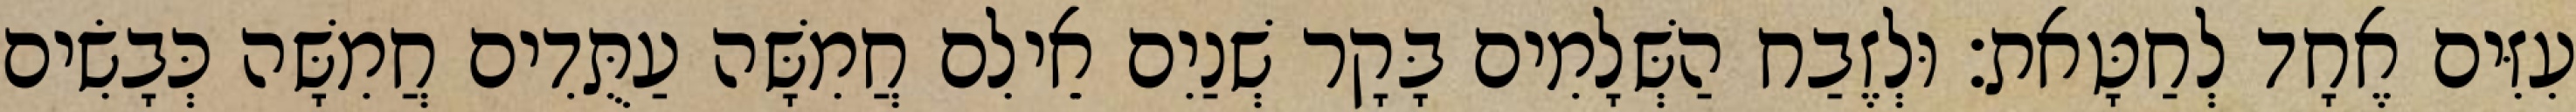
עִזִּים אֶחָד לְחַטָּאת׃ וּלְזֶבַח הַשְּׁלָמִים בָּקָר שְׁנַיִם אֵילִם חֲמִשָּׁה עַתֻּדִים חֲמִשָּׁה כְּבָשִׂים